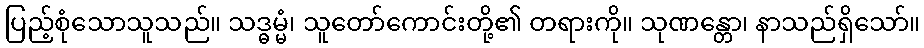
ပြည့်စုံသောသူသည်။ သဒ္ဓမ္မံ၊ သူတော်ကောင်းတို့၏ တရားကို။ သုဏန္တော၊ နာသည်ရှိသော်။